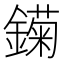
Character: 𲇣